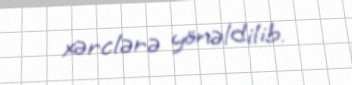
xərclərə yönəldilib.